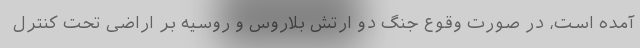
آمده است، در صورت وقوع جنگ دو ارتش بلاروس و روسیه بر اراضی تحت کنترل